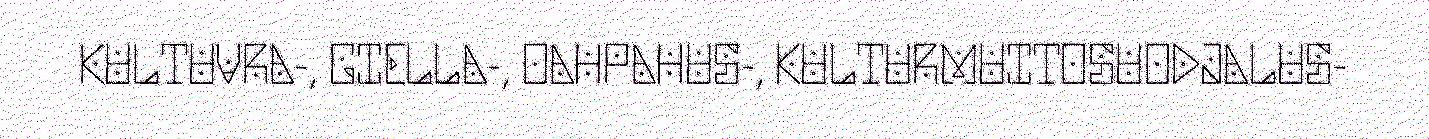
KULTUVRA-, GIELLA-, OAHPAHUS-, KULTURMUITOSUODJALUS-